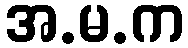
အ.မ.က